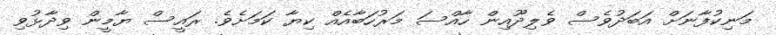
މަނިކުފާނަށް އަބަދުވެސް ވެލިދޫއިން ހާއްސަ މަރުހަބާއެއް ކިޔާ ކަމަށެވެ. ރައީސް ޔާމީން ވިދާޅުވި